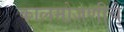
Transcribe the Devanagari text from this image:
कालमोजणीचे